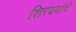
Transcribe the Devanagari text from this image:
शिरक्यांचे